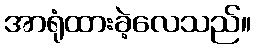
အာရုံထားခဲ့လေသည်။